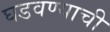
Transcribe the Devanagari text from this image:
घडवण्याची